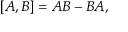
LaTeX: [ A , B ] = A B - B A ,